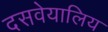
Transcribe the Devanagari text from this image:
दसवेयालिय